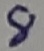
Text: 8